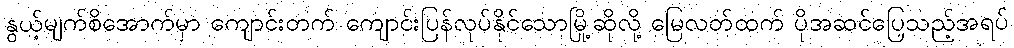
နွယ့်မျက်စိအောက်မှာ ကျောင်းတက် ကျောင်းပြန်လုပ်နိုင်သောမြို့ဆိုလို့ မြေလတ်ထက် ပိုအဆင်ပြေသည့်အရပ်